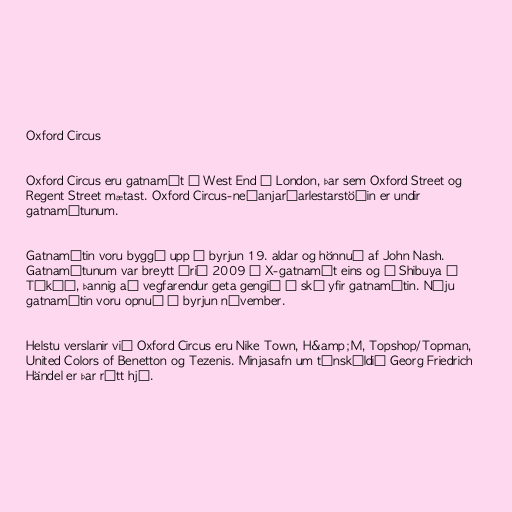
Oxford Circus

Oxford Circus eru gatnamót í West End í London, þar sem Oxford Street og
Regent Street mætast. Oxford Circus-neðanjarðarlestarstöðin er undir
gatnamótunum.

Gatnamótin voru byggð upp í byrjun 19. aldar og hönnuð af John Nash.
Gatnamótunum var breytt árið 2009 í X-gatnamót eins og í Shibuya í
Tókýó, þannig að vegfarendur geta gengið á ská yfir gatnamótin. Nýju
gatnamótin voru opnuð í byrjun nóvember.

Helstu verslanir við Oxford Circus eru Nike Town, H&amp;M, Topshop/Topman,
United Colors of Benetton og Tezenis. Minjasafn um tónskáldið Georg Friedrich
Händel er þar rétt hjá.